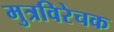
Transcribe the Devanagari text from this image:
मुत्रविरेचक